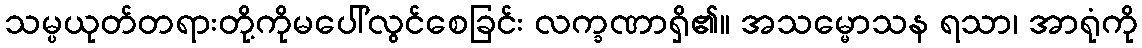
သမ္ပယုတ်တရားတို့ကိုမပေါ်လွင်စေခြင်း လက္ခဏာရှိ၏။ အသမ္မောသန ရသာ၊ အာရုံကို